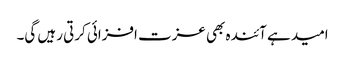
امید ہے آئندہ بھی عزت افزائی کرتی رہیں گی۔